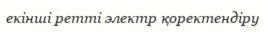
екінші ретті электр қоректендіру